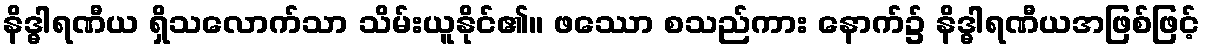
နိဒ္ဓါရဏီယ ရှိသလောက်သာ သိမ်းယူနိုင်၏။ ဖဿော စသည်ကား နောက်၌ နိဒ္ဓါရဏီယအဖြစ်ဖြင့်